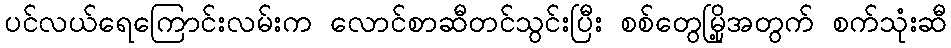
ပင်လယ်ရေကြောင်းလမ်းက လောင်စာဆီတင်သွင်းပြီး စစ်တွေမြို့အတွက် စက်သုံးဆီ